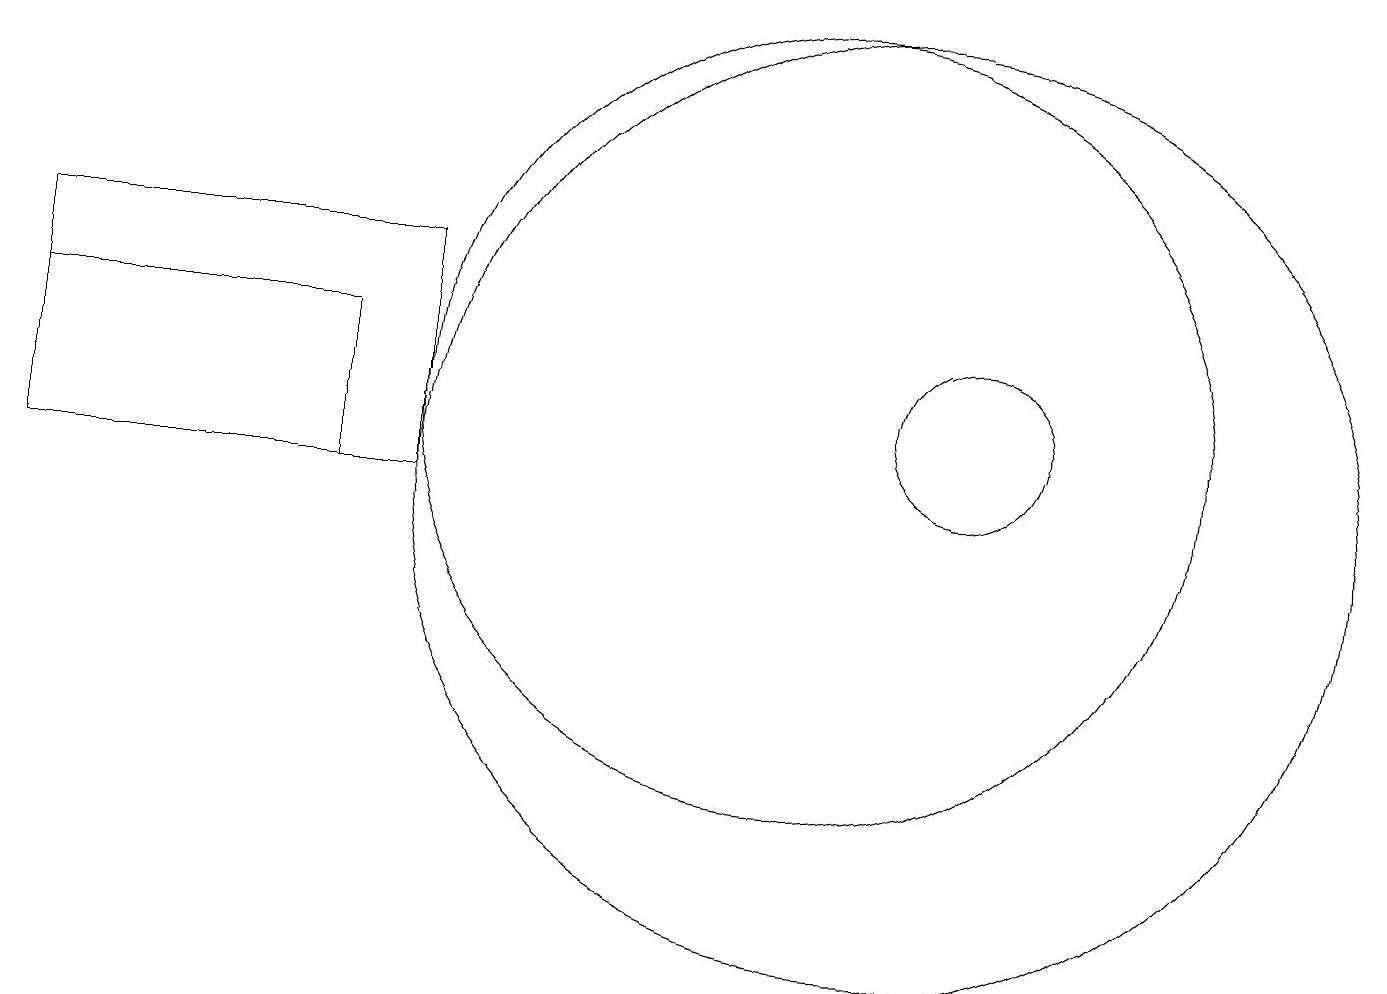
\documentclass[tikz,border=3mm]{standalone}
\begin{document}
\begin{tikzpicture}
\draw (12,11) circle (1);
\draw (10,11) circle (5);
\draw (4,10) rectangle (0,12);
\draw (11,10) circle (6);
\draw (5,10) rectangle (0,13);
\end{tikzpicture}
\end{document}